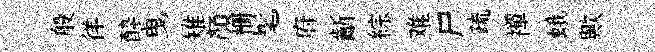
般徉酔曳雉顏栅髦府齗綜难尸疏襌蛾歟